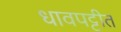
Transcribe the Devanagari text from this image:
धावपट्टीत